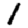
Digit: 1